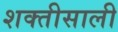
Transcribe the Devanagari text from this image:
शक्तीसाली